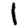
Digit: 1